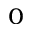
_ { 0 }